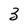
Character: 3